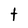
Character: t